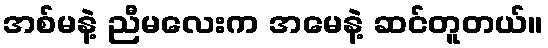
အစ်မနဲ့ ညီမလေးက အမေနဲ့ ဆင်တူတယ်။